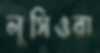
লুসিওরা